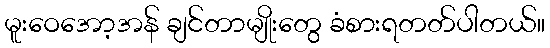
မူးဝေအော့အန် ချင်တာမျိုးတွေ ခံစားရတတ်ပါတယ်။